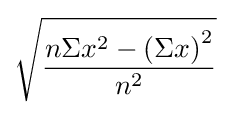
{\sqrt {\frac {n\Sigma x^{2}-\left(\Sigma x\right)^{2}}{n^{2}}}}\